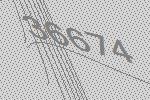
36674